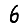
Digit: 6